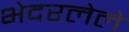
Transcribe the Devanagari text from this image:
भेदरलेले